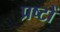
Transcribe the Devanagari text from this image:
प्रष्टों